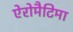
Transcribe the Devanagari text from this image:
ऐरोमैटिमा